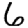
Digit: 6